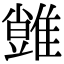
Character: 𩀙